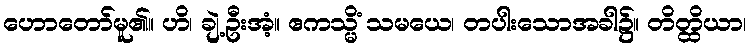
ဟောတော်မူ၏။ ဟိ၊ ချဲ့ဦးအံ့။ ဧကသ္မိံ သမယေ၊ တပါးသောအခါ၌။ တိတ္ထိယာ၊